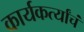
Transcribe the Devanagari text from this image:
कार्यकर्त्यांचं